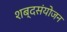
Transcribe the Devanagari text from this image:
शब्दसंयोजन